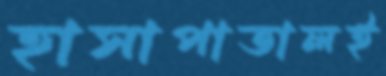
হাসাপাতালই